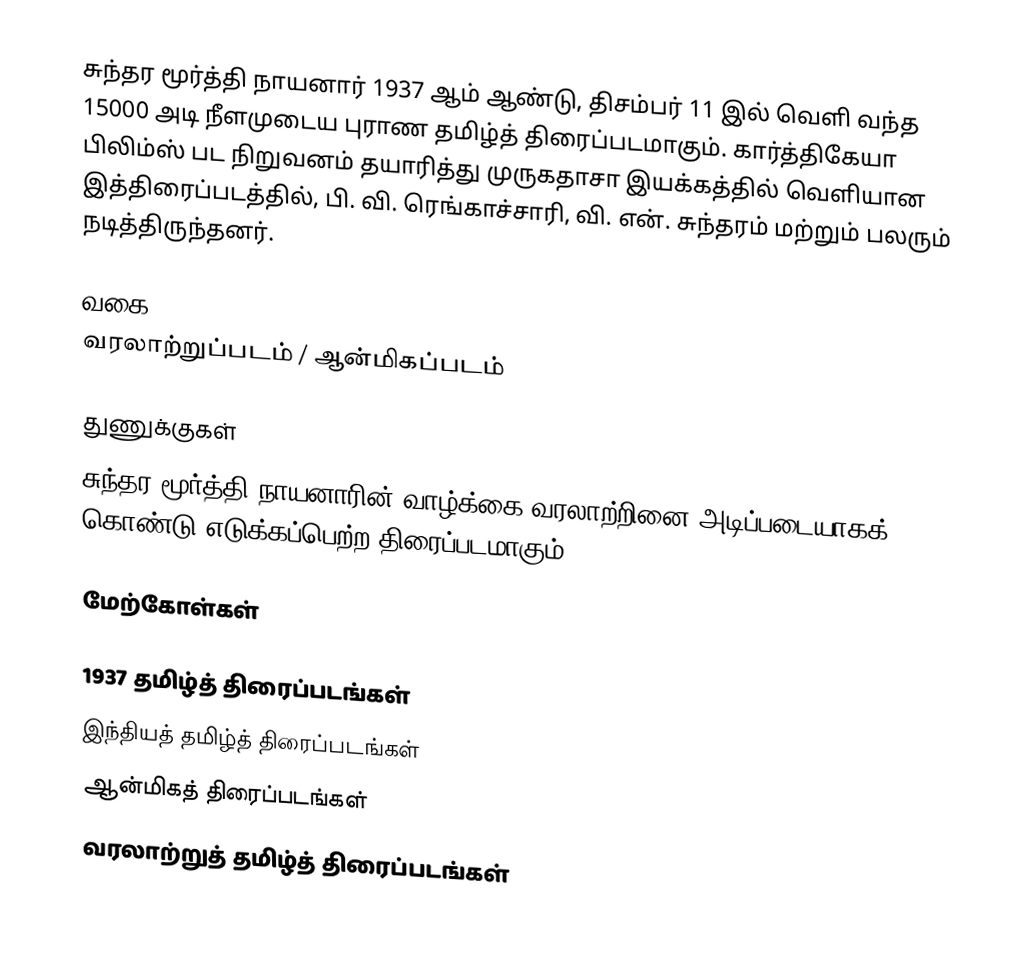
சுந்தர மூர்த்தி நாயனார் 1937 ஆம் ஆண்டு, திசம்பர் 11 இல் வெளி வந்த 15000 அடி நீளமுடைய புராண தமிழ்த் திரைப்படமாகும். கார்த்திகேயா பிலிம்ஸ் பட நிறுவனம் தயாரித்து முருகதாசா இயக்கத்தில் வெளியான இத்திரைப்படத்தில், பி. வி. ரெங்காச்சாரி, வி. என். சுந்தரம் மற்றும் பலரும் நடித்திருந்தனர்.

வகை
வரலாற்றுப்படம் / ஆன்மிகப்படம்

துணுக்குகள்
 சுந்தர மூர்த்தி நாயனாரின் வாழ்க்கை வரலாற்றினை அடிப்படையாகக் கொண்டு எடுக்கப்பெற்ற திரைப்படமாகும்.

மேற்கோள்கள்

1937 தமிழ்த் திரைப்படங்கள்
இந்தியத் தமிழ்த் திரைப்படங்கள்
ஆன்மிகத் திரைப்படங்கள்
வரலாற்றுத் தமிழ்த் திரைப்படங்கள்